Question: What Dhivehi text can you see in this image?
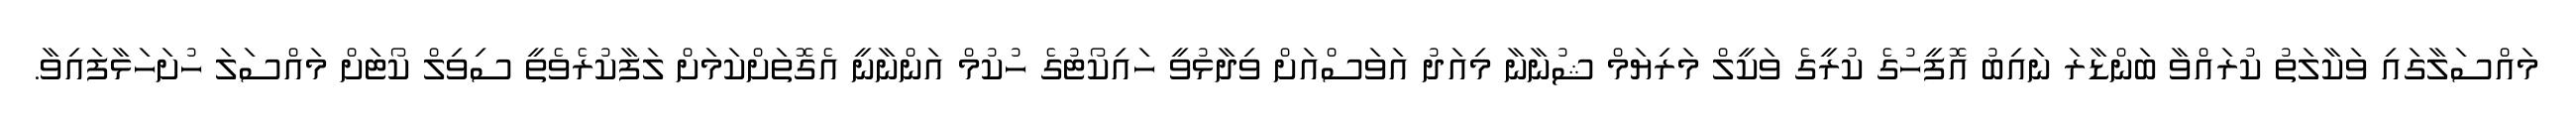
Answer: މައްސަލާގައި ވަކާލަތު ކުރައްވާ ބަންޑާރަ ނައިބު އޮފީހުގެ ކުރީގެ ވަކީލް މަރިޔަމް ޝުނާނާ މިއަދު އަވަސްއަށް ވިދާޅުވީ ހައިކޯޓުގެ ހުކުމް އަންނާނީ އެގޮތަށްކަމަށް ލަފާކުރެވެތީ ސިވިލް ކޯޓަށް މައްސަލަ ހުށަހަޅާފައިވާ.